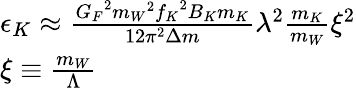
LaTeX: \begin{array}{l}{{\epsilon_{K}\approx\frac{{G_{F}}^{2}{m_{W}}^{2}{f_{K}}^{2}B_{K}m_{K}}{12\pi^{2}\Delta m}\lambda^{2}\frac{m_{K}}{m_{W}}\xi^{2}}}\\ {{\xi\equiv\frac{m_{W}}{\Lambda}}}\end{array}